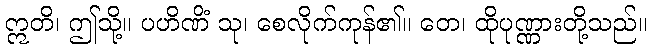
ဣတိ၊ ဤသို့။ ပဟိဏိံ သု၊ စေလိုက်ကုန်၏။ တေ၊ ထိုပုဏ္ဏားတို့သည်။